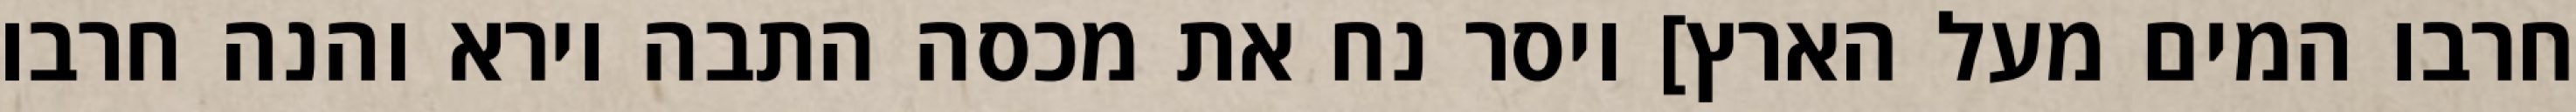
חרבו המים מעל הארץ] ויסר נח את מכסה התבה וירא והנה חרבו